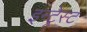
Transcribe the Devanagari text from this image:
इन्ट्रेस्ट